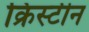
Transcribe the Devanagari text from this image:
क्रिस्‍टीन